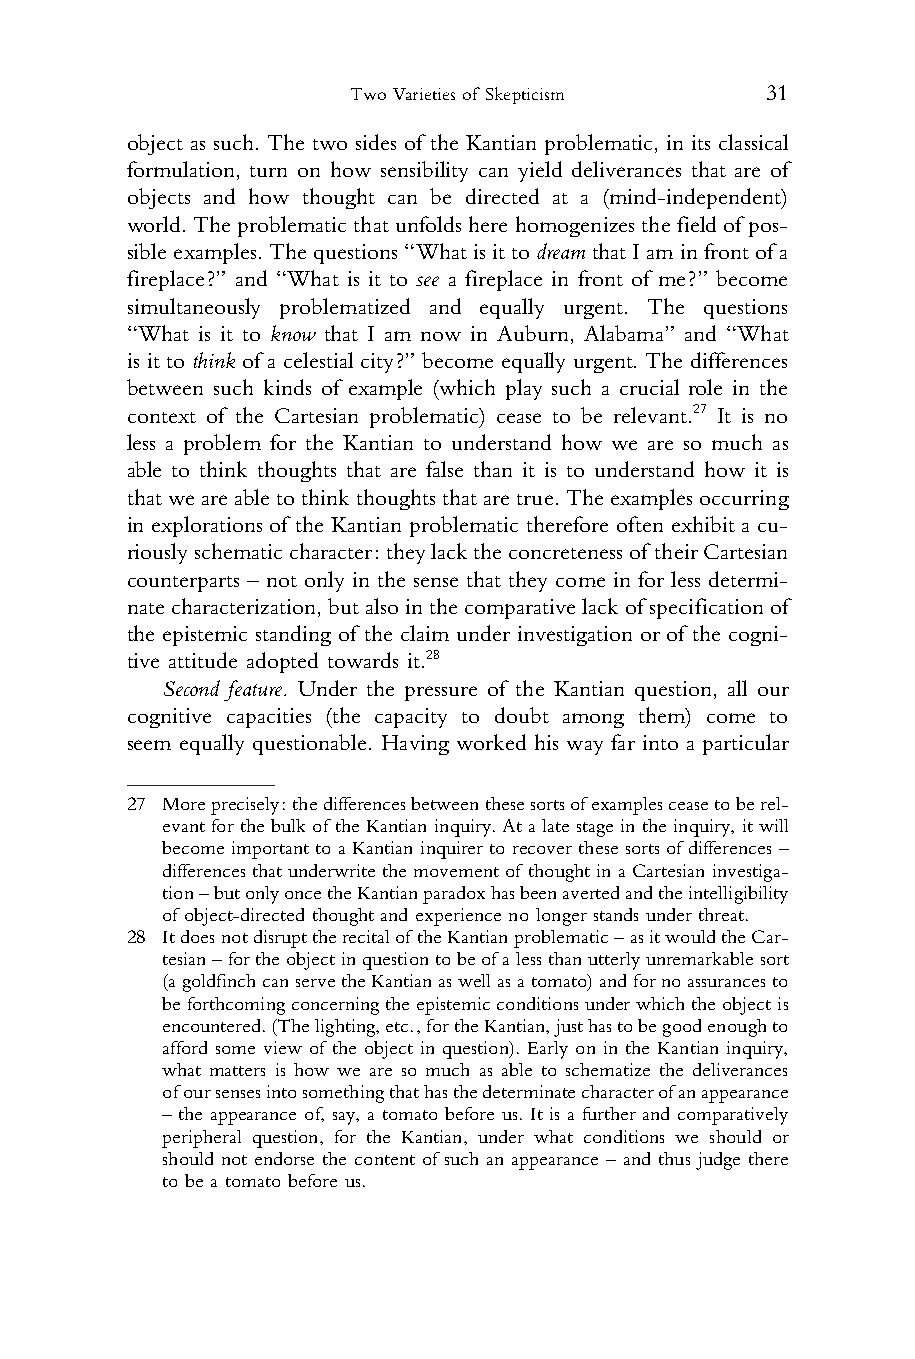
Two Varieties of Skepticism 31
 1 object as such. The two sides of the Kantian problematic, in its classical
 2 formulation, turn on how sensibility can yield deliverances that are of
 3 objects and how thought can be directed at a (mind-independent)
 4 world.Theproblematic thatunfoldshere homogenizes thefieldof pos-
 5 sibleexamples.Thequestions“WhatisittodreamthatIaminfrontofa
 6 fireplace?” and “What is it to see a fireplace in front of me?” become
 7 simultaneously problematized and equally urgent. The questions
 8 “What is it to know that I am now in Auburn, Alabama” and “What
 9 is it to think of a celestial city?” become equally urgent. The differences
 10 between such kinds of example (which play such a crucial role in the
 11 context of the Cartesian problematic) cease to be relevant.27 It is no
 12 less a problem for the Kantian to understand how we are so much as
 13 able to think thoughts that are false than it is to understand how it is
 14 thatweareabletothinkthoughtsthataretrue.Theexamplesoccurring
 15 in explorations of the Kantian problematic therefore often exhibit a cu-
 16
 riouslyschematiccharacter:theylacktheconcretenessof theirCartesian
 17
 counterparts – not only in the sense that they come in for less determi-
 18
 natecharacterization,butalsointhecomparativelackofspecificationof
 19
 the epistemic standing of the claim under investigation or of the cogni-
 20
 tive attitude adopted towards it.28
 21
 Second feature. Under the pressure of the Kantian question, all our
 22
 cognitive capacities (the capacity to doubt among them) come to
 23
 seem equally questionable. Having worked his way far into a particular
 24
 25
 26 27 Moreprecisely:thedifferencesbetweenthesesortsofexamplesceasetoberel-
 evantfor thebulkof theKantian inquiry.Ata latestagein theinquiry,itwill
 27
 become important to a Kantian inquirer to recover these sorts of differences –
 28
 differences thatunderwrite themovement of thought ina Cartesian investiga-
 29    tion–butonlyoncetheKantianparadoxhasbeenavertedandtheintelligibility
 30    of object-directed thought and experience no longer stands under threat.
 31 28 ItdoesnotdisrupttherecitaloftheKantianproblematic–asitwouldtheCar-
 tesian–fortheobjectinquestiontobeofalessthanutterlyunremarkablesort
 32
 (agoldfinchcanservetheKantianaswellasatomato)andfornoassurancesto
 33
 beforthcomingconcerningtheepistemicconditionsunderwhichtheobjectis
 34    encountered.(Thelighting,etc.,fortheKantian,justhastobegoodenoughto
 35    afford some view of the object in question). Early on in the Kantian inquiry,
 36    what matters is how we are so much as able to schematize the deliverances
 ofoursensesintosomethingthathasthedeterminatecharacterofanappearance
 37
 – the appearance of, say, a tomato before us. It is a further and comparatively
 38
 peripheral question, for the Kantian, under what conditions we should or
 39    should not endorse the content of such an appearance – and thus judge there
 40    to be a tomato before us.